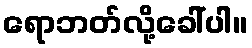
ရောဘတ်လို့ခေါ်ပါ။